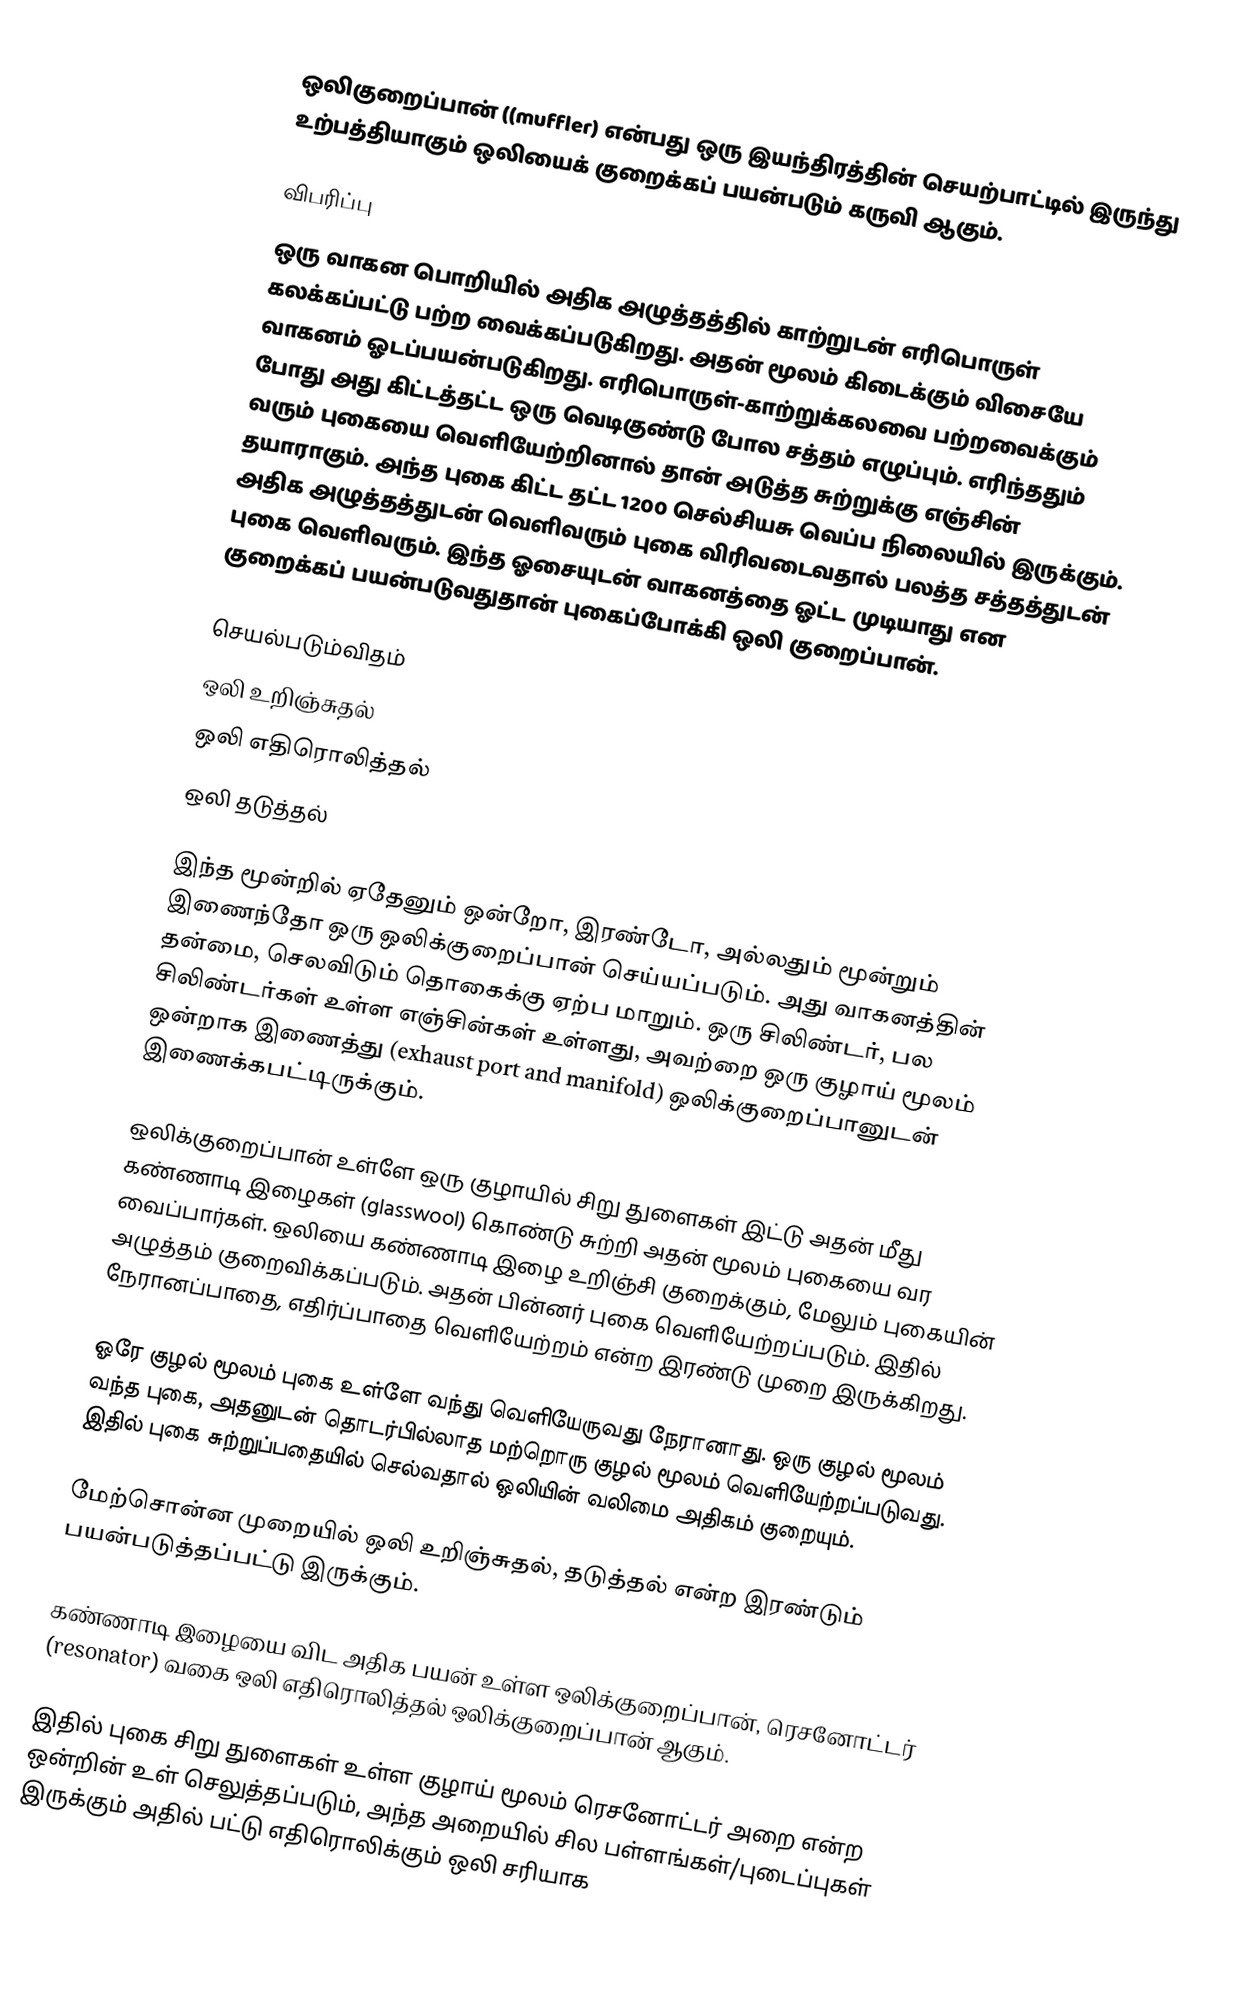
ஒலிகுறைப்பான் ((muffler) என்பது ஒரு இயந்திரத்தின் செயற்பாட்டில் இருந்து உற்பத்தியாகும் ஒலியைக் குறைக்கப் பயன்படும் கருவி ஆகும்.

விபரிப்பு
ஒரு வாகன பொறியில் அதிக அழுத்தத்தில் காற்றுடன் எரிபொருள் கலக்கப்பட்டு பற்ற வைக்கப்படுகிறது. அதன் மூலம் கிடைக்கும் விசையே வாகனம் ஓடப்பயன்படுகிறது. எரிபொருள்-காற்றுக்கலவை பற்றவைக்கும் போது அது கிட்டத்தட்ட ஒரு வெடிகுண்டு போல சத்தம் எழுப்பும். எரிந்ததும் வரும் புகையை வெளியேற்றினால் தான் அடுத்த சுற்றுக்கு எஞ்சின் தயாராகும். அந்த புகை கிட்ட தட்ட 1200 செல்சியசு வெப்ப நிலையில் இருக்கும். அதிக அழுத்தத்துடன் வெளிவரும் புகை விரிவடைவதால் பலத்த சத்தத்துடன் புகை வெளிவரும். இந்த ஓசையுடன் வாகனத்தை ஓட்ட முடியாது என குறைக்கப் பயன்படுவதுதான் புகைப்போக்கி ஒலி குறைப்பான்.

செயல்படும்விதம்
 ஒலி உறிஞ்சுதல்
 ஒலி எதிரொலித்தல்
 ஒலி தடுத்தல்

இந்த மூன்றில் ஏதேனும் ஒன்றோ, இரண்டோ, அல்லதும் மூன்றும் இணைந்தோ ஒரு ஒலிக்குறைப்பான் செய்யப்படும். அது வாகனத்தின் தன்மை, செலவிடும் தொகைக்கு ஏற்ப மாறும். ஒரு சிலிண்டர், பல சிலிண்டர்கள் உள்ள எஞ்சின்கள் உள்ளது, அவற்றை ஒரு குழாய் மூலம் ஒன்றாக இணைத்து (exhaust port and manifold) ஒலிக்குறைப்பானுடன் இணைக்கபட்டிருக்கும்.

ஒலிக்குறைப்பான் உள்ளே ஒரு குழாயில் சிறு துளைகள் இட்டு அதன் மீது கண்ணாடி இழைகள் (glasswool) கொண்டு சுற்றி அதன் மூலம் புகையை வர வைப்பார்கள். ஒலியை கண்ணாடி இழை உறிஞ்சி குறைக்கும், மேலும் புகையின் அழுத்தம் குறைவிக்கப்படும். அதன் பின்னர் புகை வெளியேற்றப்படும். இதில் நேரானப்பாதை, எதிர்ப்பாதை வெளியேற்றம் என்ற இரண்டு முறை இருக்கிறது.

ஓரே குழல் மூலம் புகை உள்ளே வந்து வெளியேருவது நேரானாது. ஒரு குழல் மூலம் வந்த புகை, அதனுடன் தொடர்பில்லாத மற்றொரு குழல் மூலம் வெளியேற்றப்படுவது. இதில் புகை சுற்றுப்பதையில் செல்வதால் ஒலியின் வலிமை அதிகம் குறையும்.

மேற்சொன்ன முறையில் ஒலி உறிஞ்சுதல், தடுத்தல் என்ற இரண்டும் பயன்படுத்தப்பட்டு இருக்கும்.

கண்ணாடி இழையை விட அதிக பயன் உள்ள ஒலிக்குறைப்பான், ரெசனோட்டர் (resonator) வகை ஒலி எதிரொலித்தல் ஒலிக்குறைப்பான் ஆகும்.

இதில் புகை சிறு துளைகள் உள்ள குழாய் மூலம் ரெசனோட்டர் அறை என்ற ஒன்றின் உள் செலுத்தப்படும், அந்த அறையில் சில பள்ளங்கள்/புடைப்புகள் இருக்கும் அதில் பட்டு எதிரொலிக்கும் ஒலி சரியாக